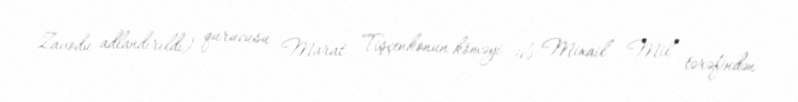
Zavodu adlandırıldı) qurucusu Marat Tişçenkonun köməyi ilə Mixail Mil tərəfindən